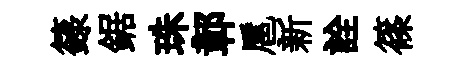
籙鋸珠鄣扈新詮篠